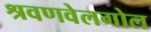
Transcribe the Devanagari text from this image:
श्रवणवेलगोल